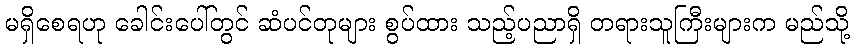
မရှိစေရဟု ခေါင်းပေါ်တွင် ဆံပင်တုများ စွပ်ထား သည့်ပညာရှိ တရားသူကြီးများက မည်သို့